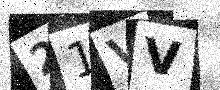
Text: 21VV